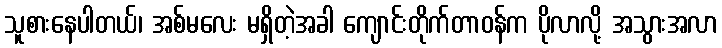
သူစားနေပါတယ်၊ အစ်မလေး မရှိတဲ့အခါ ကျောင်းတိုက်တာဝန်က ပိုလာလို့ အသွားအလာ